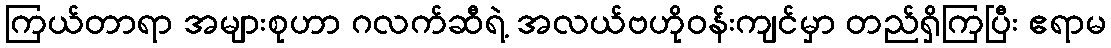
ကြယ်တာရာ အများစုဟာ ဂလက်ဆီရဲ့ အလယ်ဗဟိုဝန်းကျင်မှာ တည်ရှိကြပြီး ဧရာမ